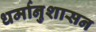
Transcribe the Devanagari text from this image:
धर्मानुशासन